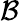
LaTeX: \mathcal{B}